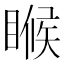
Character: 𬑟